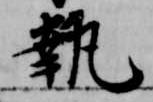
執